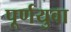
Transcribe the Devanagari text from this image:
पूर्णयुवा